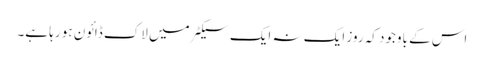
اس کے باوجود کہ روز ایک نہ ایک سیکٹر میں لاک ڈائون ہو رہا ہے۔